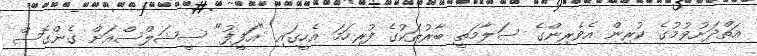
އަތްދަށުވުމުގެ ކުރިން އެވެރިންގެ ސަލާމަތީ ބާރުތަކުގެ ފުރިހަމަ އެހީގައި "އަފީފު" ސީޝަލްސްއަށް ގެންގޮސް